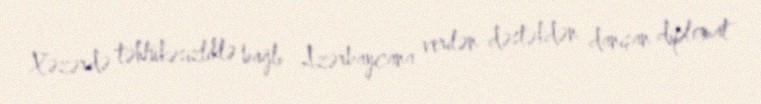
Xəzərdə təhlükəsizliklə bağlı Azərbaycana verilən dəstəkdən danışan diplomat